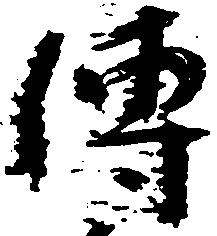
伝